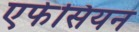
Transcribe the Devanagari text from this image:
एफेसियन